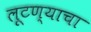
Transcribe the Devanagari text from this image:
लूटण्याचा